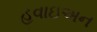
હવાઇઅન